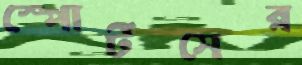
স্পোর্টসের